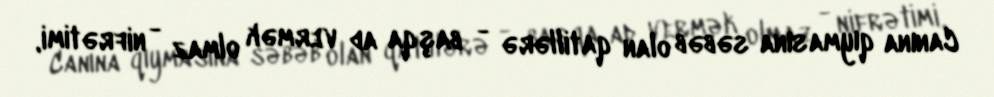
Canına qıymasına səbəb olan qatillərə - başqa ad vermək olmaz - nifrətimi,